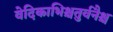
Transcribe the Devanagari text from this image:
वेदिकाभिश्चतुर्वनैश्च